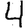
Digit: 4